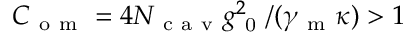
C _ { \mathrm { ~ o ~ m ~ } } = 4 N _ { \mathrm { ~ c ~ a ~ v ~ } } g _ { \mathrm { ~ 0 ~ } } ^ { 2 } / ( \gamma _ { \mathrm { ~ m ~ } } \kappa ) > 1